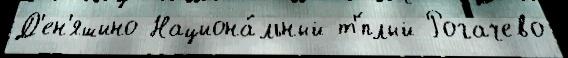
Д'ен'яшино Национа́льный т'́плый Рогачево